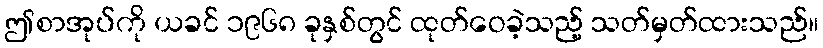
ဤစာအုပ်ကို ယခင် ၁၉၆၈ ခုနှစ်တွင် ထုတ်ဝေခဲ့သည့် သတ်မှတ်ထားသည်။